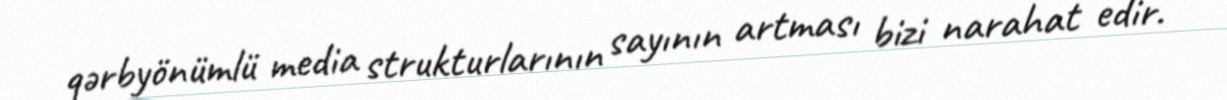
qərbyönümlü media strukturlarının sayının artması bizi narahat edir.